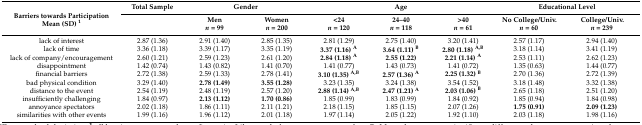
<table><thead><tr><td rowspan="2"><b>Barriers towards Participation Mean (SD) <sup>1</sup></b></td><td><b>Total Sample</b></td><td colspan="2"><b>Gender</b></td><td colspan="3"><b>Age</b></td><td colspan="2"><b>Educational Level</b></td></tr><tr><td></td><td><b>Men <i>n</i> = 99</b></td><td><b>Women<i>n</i> = 200</b></td><td><b>&lt;24<i>n</i> = 120</b></td><td><b>24–40<i>n</i> = 118</b></td><td><b>&gt;40<i>n</i> = 61</b></td><td><b>No College/Univ.<i>n</i> = 60</b></td><td><b>College/Univ.<i>n</i> = 239</b></td></tr></thead><tbody><tr><td>lack of interest</td><td>2.87 (1.36)</td><td>2.91 (1.40)</td><td>2.85 (1.35)</td><td>2.81 (1.29)</td><td>2.75 (1.40)</td><td>3.20 (1.41)</td><td>2.57 (1.17)</td><td>2.94 (1.40)</td></tr><tr><td>lack of time</td><td>3.36 (1.18)</td><td>3.39 (1.17)</td><td>3.35 (1.19)</td><td><b>3.37 (1.16) <sup>A</sup></b></td><td><b>3.64 (1.11) <sup>B</sup></b></td><td><b>2.80 (1.18) <sup>A,B</sup></b></td><td>3.18 (1.14)</td><td>3.41 (1.19)</td></tr><tr><td>lack of company/encouragement</td><td>2.60 (1.21)</td><td>2.59 (1.23)</td><td>2.61 (1.20)</td><td><b>2.84 (1.18) <sup>A</sup></b></td><td><b>2.55 (1.22)</b></td><td><b>2.21 (1.14) <sup>A</sup></b></td><td>2.53 (1.11)</td><td>2.62 (1.23)</td></tr><tr><td>disappointment </td><td>1.42 (0.74)</td><td>1.43 (0.82)</td><td>1.41 (0.70)</td><td>1.41 (0.77)</td><td>1.43 (0.73)</td><td>1.41 (0.72)</td><td>1.35 (0.63)</td><td>1.44 (0.77)</td></tr><tr><td>financial barriers</td><td>2.72 (1.38)</td><td>2.59 (1.33)</td><td>2.78 (1.41)</td><td><b>3.10 (1.35) <sup>A,B</sup></b></td><td><b>2.57 (1.36) <sup>A</sup></b></td><td><b>2.25 (1.32) <sup>B</sup></b></td><td>2.70 (1.36)</td><td>2.72 (1.39)</td></tr><tr><td>bad physical condition</td><td>3.29 (1.40)</td><td><b>2.78 (1.49)</b></td><td><b>3.55 (1.28)</b></td><td>3.23 (1.35)</td><td>3.24 (1.38)</td><td>3.54 (1.52)</td><td>3.18 (1.48)</td><td>3.32 (1.38)</td></tr><tr><td>distance to the event</td><td>2.54 (1.19)</td><td>2.48 (1.19)</td><td>2.57 (1.20)</td><td><b>2.88 (1.14) <sup>A,B</sup></b></td><td><b>2.47 (1.21) <sup>A</sup></b></td><td><b>2.03 (1.06) <sup>B</sup></b></td><td>2.65 (1.18)</td><td>2.51 (1.20)</td></tr><tr><td>insufficiently challenging</td><td>1.84 (0.97)</td><td><b>2.13 (1.12)</b></td><td><b>1.70 (0.86)</b></td><td>1.85 (0.99)</td><td>1.83 (0.99)</td><td>1.84 (0.92)</td><td>1.85 (0.94)</td><td>1.84 (0.98)</td></tr><tr><td>annoyance spectators</td><td>2.02 (1.18)</td><td>1.86 (1.11)</td><td>2.11 (1.21)</td><td>2.18 (1.15)</td><td>1.85 (1.15)</td><td>2.07 (1.26)</td><td><b>1.75 (0.91)</b></td><td><b>2.09 (1.23)</b></td></tr><tr><td>similarities with other events</td><td>1.99 (1.16)</td><td>1.96 (1.12)</td><td>2.01 (1.18)</td><td>1.97 (1.14)</td><td>2.05 (1.22)</td><td>1.92 (1.10)</td><td>2.03 (1.18)</td><td>1.98 (1.16)</td></tr></tbody></table>